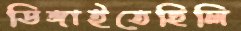
ডিঙ্গাইতেছিলি